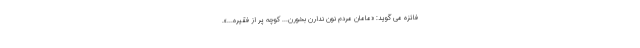
فائزه می گوید: «مامان مردم نون ندارن بخورن... کوچه پر از فقیره...».